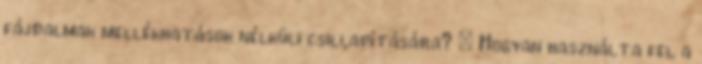
fájdalmak mellékhatások nélküli csillapítására? – Hogyan használta fel a